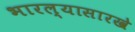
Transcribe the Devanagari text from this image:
भारल्यासारखे